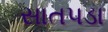
સાતપડા